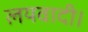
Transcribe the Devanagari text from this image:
लयवादी।